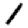
Digit: 1